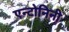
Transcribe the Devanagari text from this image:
एन्टोनिनी